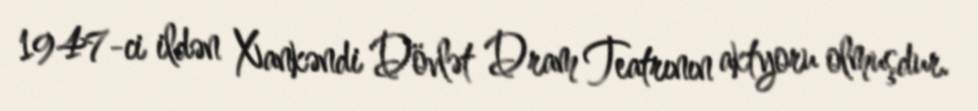
1947-ci ildən Xankəndi Dövlət Dram Teatrının aktyoru olmuşdur.